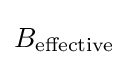
B_{\text{effective}}